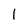
Character: l